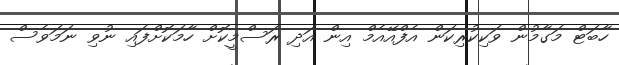
ހާބަޓް މަގާމުން ވަކިކުރިކަން އެފްއޭއެމް އިން އަދި ރަސްމީކޮށް ހާމަކޮށްފައި ނުވި ނަމަވެސް